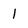
Character: 1